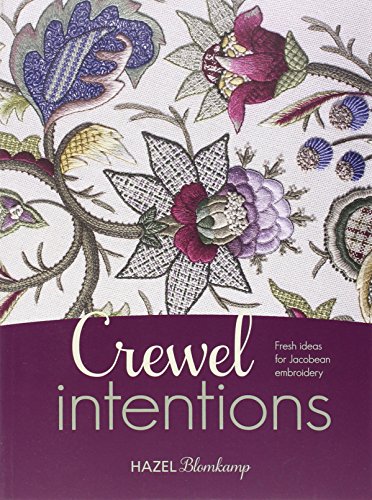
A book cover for Crewel Intentions: Fresh Ideas for Jacobean Embroidery; Hazel Blomkamp; Crafts, Hobbies & Home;